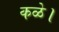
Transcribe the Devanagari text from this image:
कळे।